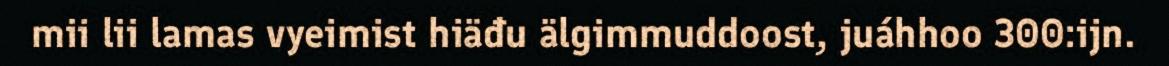
mii lii lamas vyeimist hiäđu älgimmuddoost, juáhhoo 300:ijn.